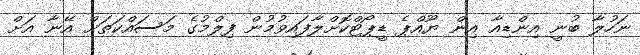
ނަހުލާ ބުނީ އިންޑިއާ އިން ޔޫއްޕެ ޑީޕޯޓްކޮށްލާފައިވުމުން ފިލްމުގެ މަސައްކަތަށް އޭނާ އަށް